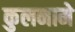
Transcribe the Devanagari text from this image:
कुलनामे